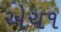
એચ૧